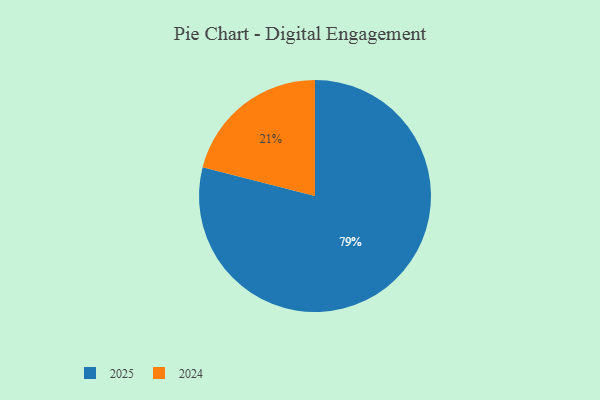
{"axis": {"x": "Category", "y": "Percentage"}, "legend": ["2024", "2025"], "data": [{"x": "2024", "y": 21, "type": "2024"}, {"x": "2025", "y": 79, "type": "2025"}]}